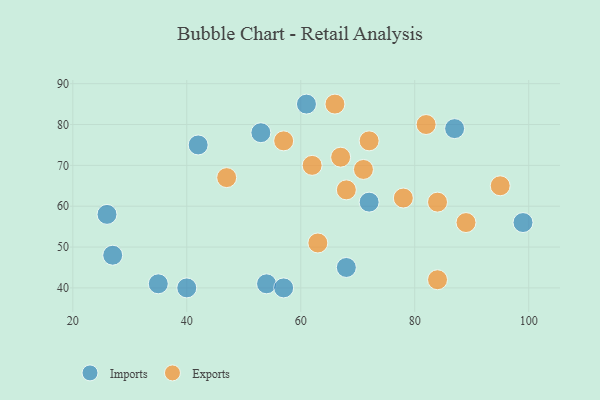
{"axis": {"x": "GDP", "y": "Life Expectancy"}, "legend": ["Exports", "Imports"], "data": [{"x": "54", "y": 41, "type": "Imports"}, {"x": "99", "y": 56, "type": "Imports"}, {"x": "61", "y": 85, "type": "Imports"}, {"x": "87", "y": 79, "type": "Imports"}, {"x": "40", "y": 40, "type": "Imports"}, {"x": "57", "y": 40, "type": "Imports"}, {"x": "42", "y": 75, "type": "Imports"}, {"x": "72", "y": 61, "type": "Imports"}, {"x": "27", "y": 48, "type": "Imports"}, {"x": "35", "y": 41, "type": "Imports"}, {"x": "68", "y": 45, "type": "Imports"}, {"x": "26", "y": 58, "type": "Imports"}, {"x": "53", "y": 78, "type": "Imports"}, {"x": "89", "y": 56, "type": "Exports"}, {"x": "47", "y": 67, "type": "Exports"}, {"x": "78", "y": 62, "type": "Exports"}, {"x": "62", "y": 70, "type": "Exports"}, {"x": "63", "y": 51, "type": "Exports"}, {"x": "84", "y": 61, "type": "Exports"}, {"x": "72", "y": 76, "type": "Exports"}, {"x": "82", "y": 80, "type": "Exports"}, {"x": "68", "y": 64, "type": "Exports"}, {"x": "71", "y": 69, "type": "Exports"}, {"x": "66", "y": 85, "type": "Exports"}, {"x": "84", "y": 42, "type": "Exports"}, {"x": "57", "y": 76, "type": "Exports"}, {"x": "95", "y": 65, "type": "Exports"}, {"x": "67", "y": 72, "type": "Exports"}]}